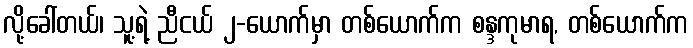
လို့ခေါ်တယ်၊ သူ့ရဲ့ ညီငယ် ၂-ယောက်မှာ တစ်ယောက်က စန္ဒကုမာရ, တစ်ယောက်က